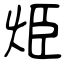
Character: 烥